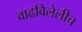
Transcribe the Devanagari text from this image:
वाढविलेलीच